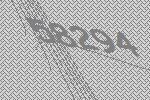
58294